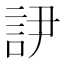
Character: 𲁥